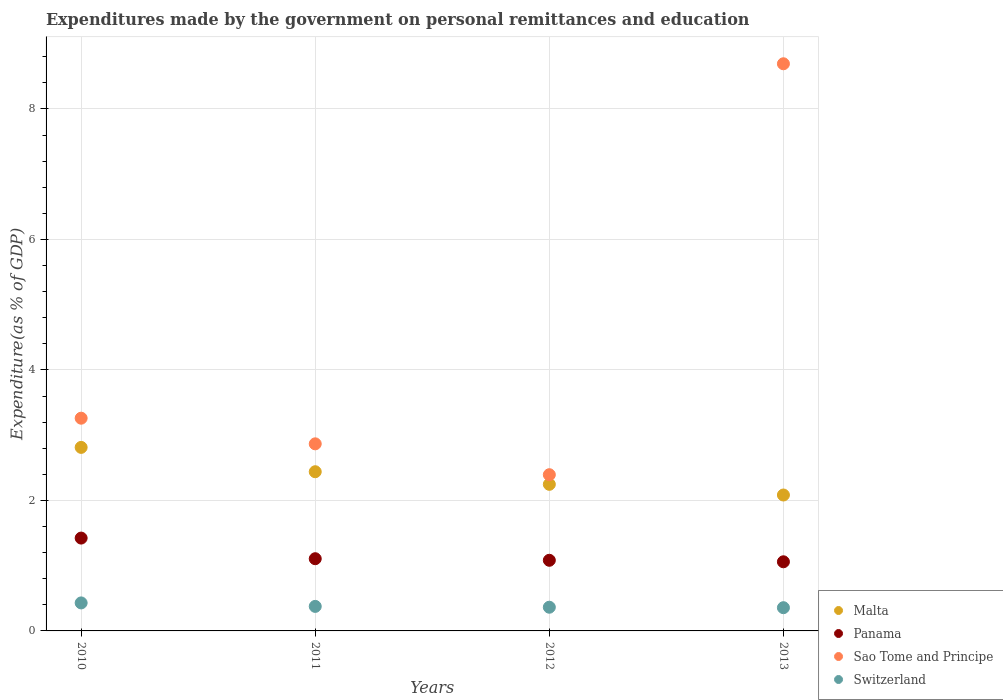
| Years | Malta | Panama | Sao Tome and Principe | Switzerland |
 | --- | --- | --- | --- | --- |
 | 2010 | 2.81 | 1.42 | 3.26 | 0.429 |
 | 2011 | 2.44 | 1.11 | 2.87 | 0.376 |
 | 2012 | 2.25 | 1.08 | 2.39 | 0.363 |
 | 2013 | 2.08 | 1.06 | 8.69 | 0.356 |